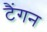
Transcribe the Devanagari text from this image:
टैंगन